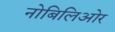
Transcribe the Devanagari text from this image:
नोबिलिओर